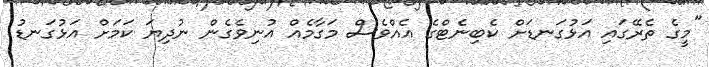
"މީގެ ތެރޭގައި އަޅުގަނޑަށް ކެބިނެޓްގެ އެއްވެސް މަގާމެއް އުނިވެގެން ނުދިޔަ ކަމަށް އަޅުގަނޑު